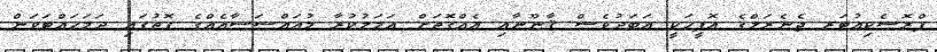
ޕްރޮސެކިއުޓަރ ޖެނެރަލްގެ އޮފީހަކީ އަބަދުވެސް ޤާނޫނާއި އެއްގޮތަށް ޢަމަލުކުރާ މުއައްސަސާއެއްގެ ގޮތުގައި ދަމަހައްޓަވަން